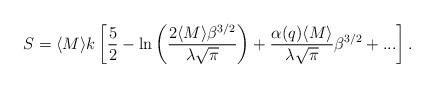
LaTeX: \begin{align*}S=\langle M\rangle k\left[\frac{5}{2}-\ln\left(\frac{2\langle M\rangle\beta^{3/2}}{\lambda\sqrt{\pi}}\right)+\frac{\alpha(q)\langle M\rangle}{\lambda\sqrt{\pi}}\beta^{3/2}+...\right].\end{align*}